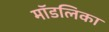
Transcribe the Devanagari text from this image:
मॉडलिका